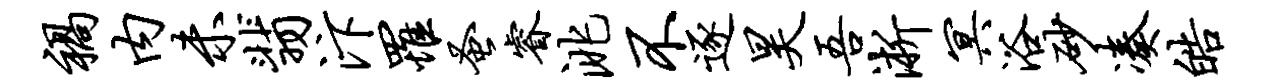
祸内未翡汴罹蚤睿洮不逐昊吾淅冥浴砂凑皓